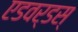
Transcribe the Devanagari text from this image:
एडवर्डस्‌